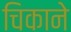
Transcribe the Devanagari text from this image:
चिकाने